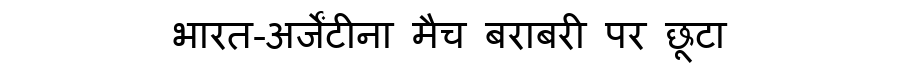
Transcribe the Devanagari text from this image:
भारत-अर्जेंटीना मैच बराबरी पर छूटा